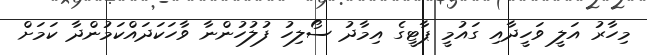
މިހާރު އަލީ ވަހީދާއި ގައުމީ ޕާޓީގެ އިމާދު ސޯލިހު ފުލުހުންނާ ވާހަކަދައްކަމުންދާ ކަމަށް